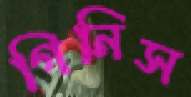
গিনিস